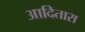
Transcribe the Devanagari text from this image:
आदितारा